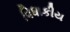
વિધાકીય